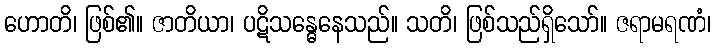
ဟောတိ၊ ဖြစ်၏။ ဇာတိယာ၊ ပဋိသန္ဓေနေသည်။ သတိ၊ ဖြစ်သည်ရှိသော်။ ဇရာမရဏံ၊